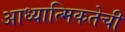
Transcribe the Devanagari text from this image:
आध्यात्मिकतेची